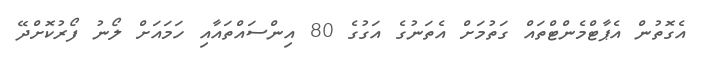
އެގޮތުން އެޕާޓްމެންޓްތައް ގަތުމަށް އެތަނުގެ އަގުގެ 80 އިންސައްތައާއި ހަމައަށް ލޯނު ފޯރުކޮށްދޭ